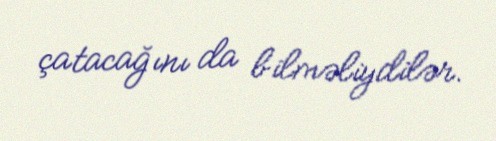
çatacağını da bilməliydilər.